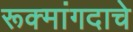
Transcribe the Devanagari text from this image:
रूक्मांगदाचे